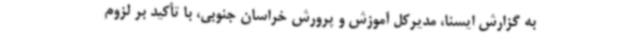
به گزارش ایسنا، مدیرکل آموزش و پرورش خراسان جنوبی، با تأکید بر لزوم